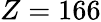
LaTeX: Z=166